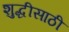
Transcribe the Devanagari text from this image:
शुद्धीसाठी